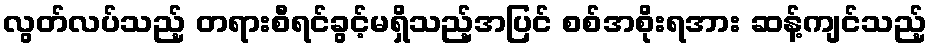
လွတ်လပ်သည့် တရားစီရင်ခွင့်မရှိသည့်အပြင် စစ်အစိုးရအား ဆန့်ကျင်သည့်